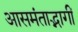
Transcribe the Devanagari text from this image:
आसमंताद्भागीं